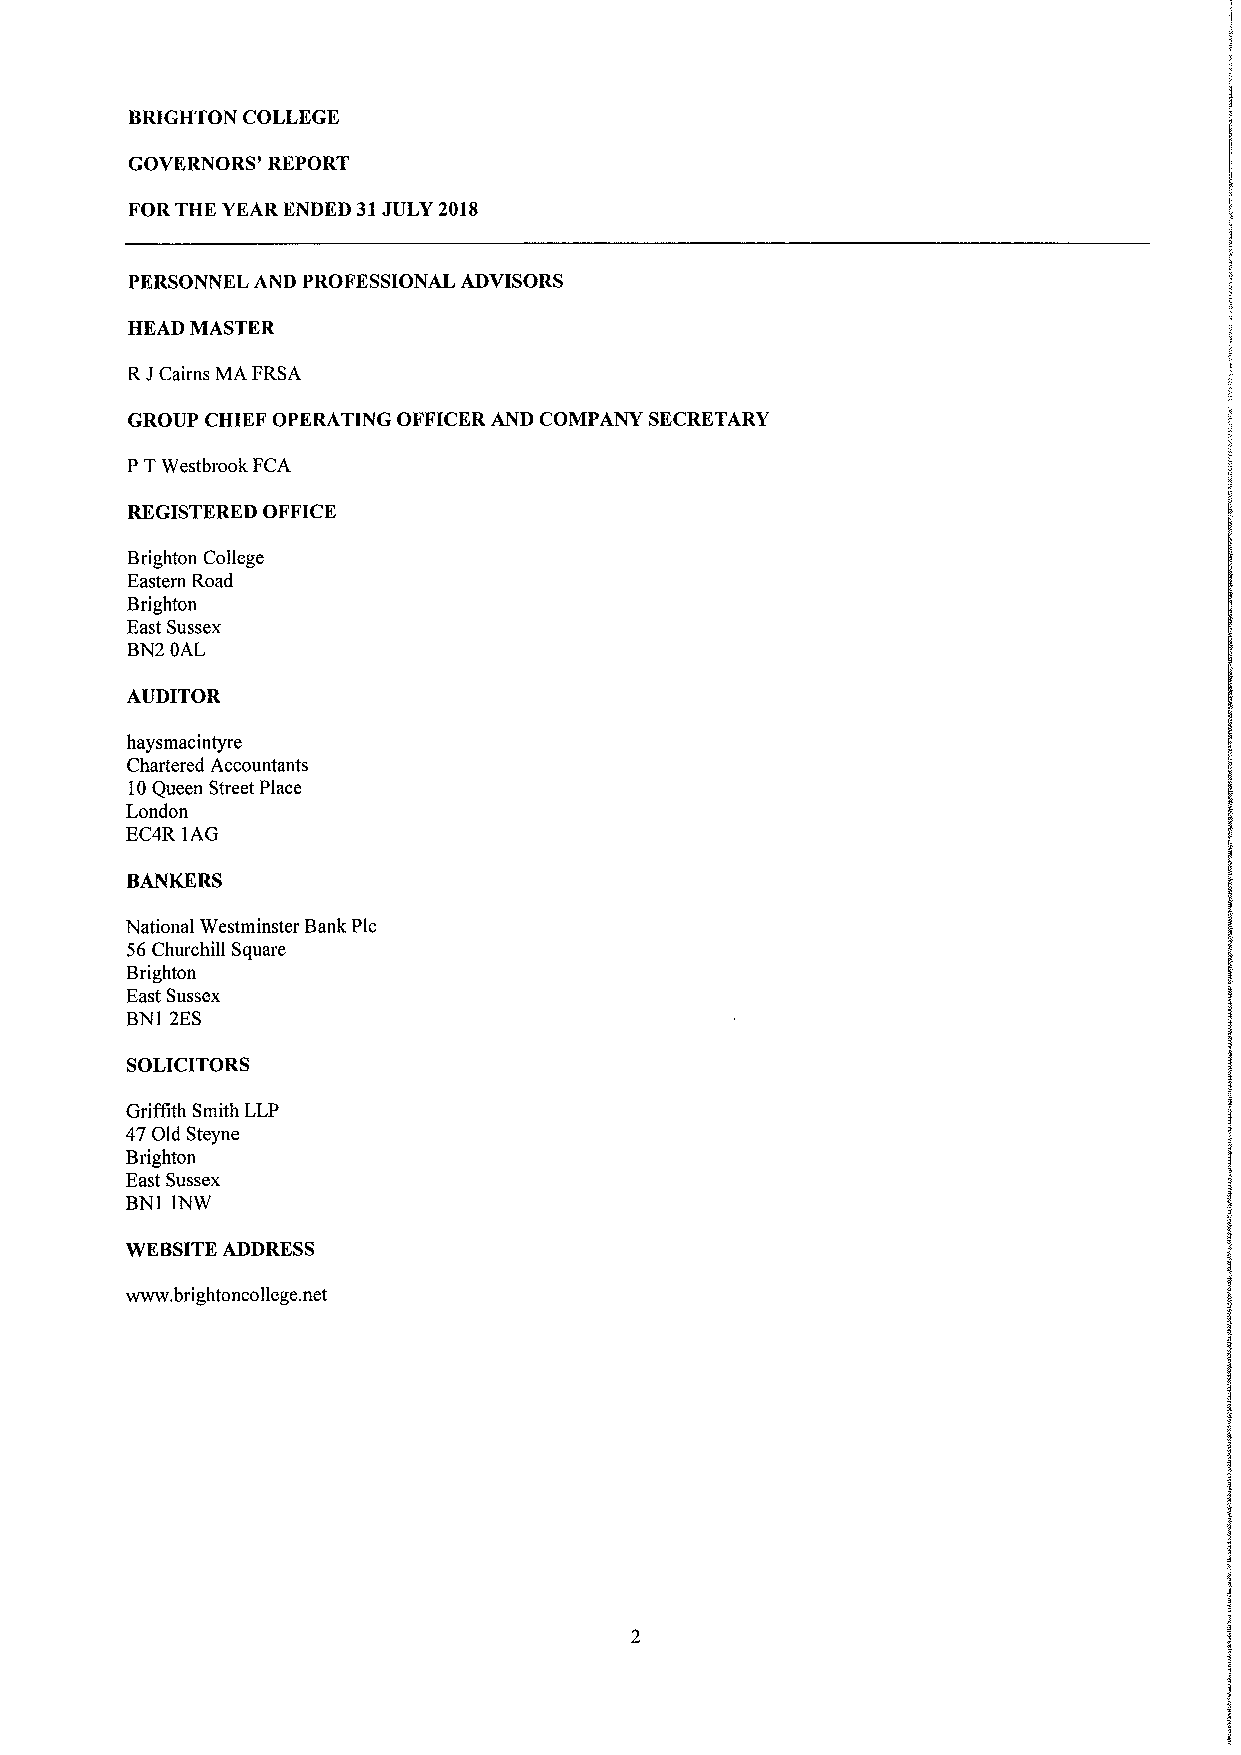
BRIGHTON COLLEGE
 GOVERNORS' REPORT
 FORTHE YEAR ENDED 31JULY 2018
 PERSONNEL AND PROFESSIONAL ADVISORS
 HEAD MASTER
 RJCairns MA FRSA
 GROUP CHIEF OPERATING OFFICER AND COMPANY SECRETARY
 PTWestbrook FCA
 REGISTERED OFFICE
 Brighton College
 Eastern Road
 Brighton
 East Sussex
 BN2 OAL
 AUDITOR
 haysmacintyre
 Chartered Accountants
 10Queen Street Place
 London
 EC4R 1AG
 National Westminster Bank Plc
 56Churchill Square
 Brighton
 East Sussex
 BN1 2ES
 SOLICITORS
 Griffith Smith LLP
 47Old Steyne
 Brighton
 East Sussex
 BN1 1NW
 WEBSITEADDRESS
 www. brightonco liege.net